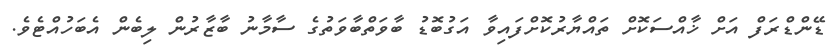
ޑޭންޑްރަފް އަށް ޚާއްސަކޮށް ތައްޔާރުކޮށްފައިވާ އަގުބޮޑު ބާވަތްބާވަތުގެ ސާމާނު ބާޒާރުން ލިބެން އެބަހުއްޓެވެ.